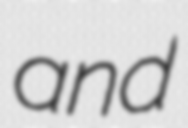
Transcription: and